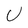
Character: U